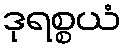
ဒုရစ္စယံ